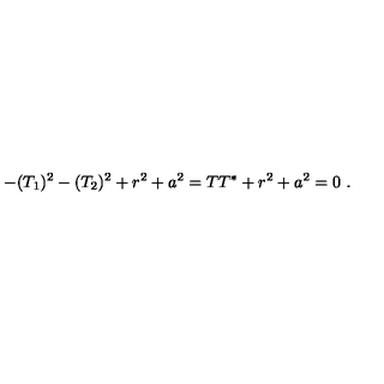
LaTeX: - ( T _ { 1 } ) ^ { 2 } - ( T _ { 2 } ) ^ { 2 } + r ^ { 2 } + a ^ { 2 } = T T ^ { * } + r ^ { 2 } + a ^ { 2 } = 0 \ .